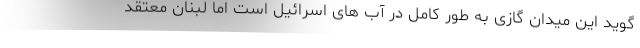
گوید این میدان گازی به طور کامل در آب های اسرائیل است اما لبنان معتقد